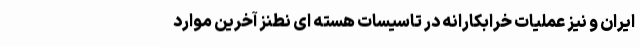
ایران و نیز عملیات خرابکارانه در تاسیسات هسته ای نطنز آخرین موارد